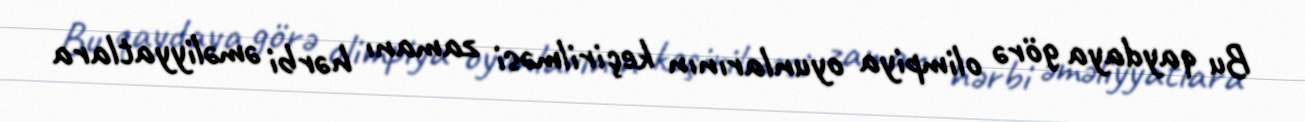
Bu qaydaya görə olimpiya oyunlarının keçirilməsi zamanı hərbi əməliyyatlara